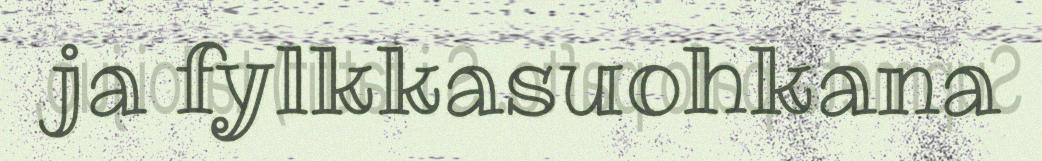
ja fylkkasuohkana